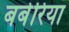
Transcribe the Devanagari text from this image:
बबेरिया